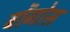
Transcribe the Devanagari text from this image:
बोंगोस